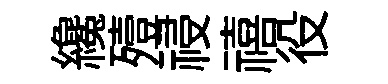
纔殪祲禧役